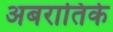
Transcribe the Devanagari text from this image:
अबरातिके